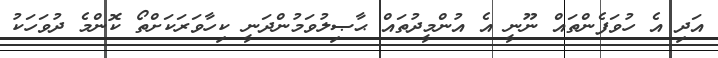
އަދި އެ ހުވަފެންތައް ނޫނީ އެ އުންމީދުތައް ޙާޞިލުވަމުންދަނީ ކިހާވަރަކަށްތޯ ކޮންމެ ދުވަހަކު